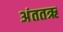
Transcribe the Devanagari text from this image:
अंततऋ